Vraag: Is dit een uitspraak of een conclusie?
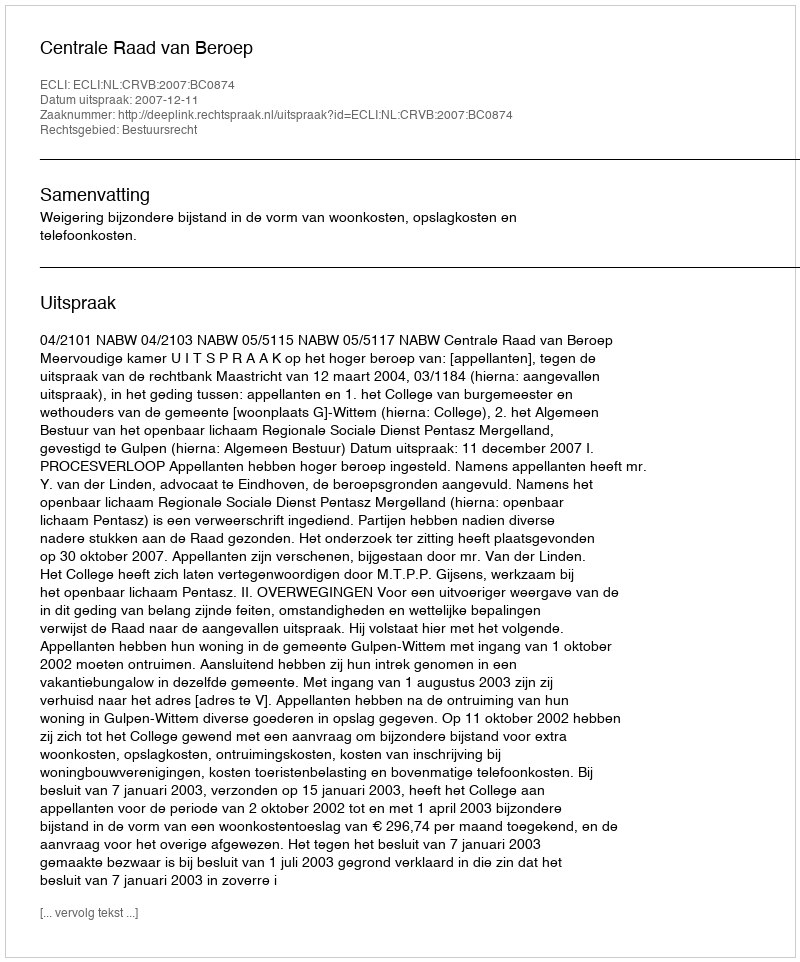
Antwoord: Uitspraak